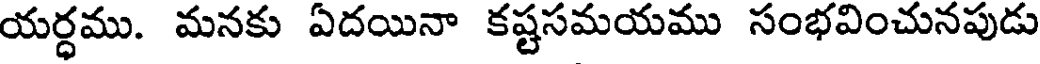
యర్ధము. మనకు ఏదయినా కష్టసమయము సంభవించునపుడు